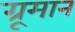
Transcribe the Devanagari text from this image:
ग्रूमान